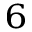
^ 6